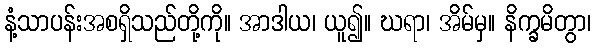
နံ့သာပန်းအစရှိသည်တို့ကို။ အာဒါယ၊ ယူ၍။ ဃရာ၊ အိမ်မှ။ နိက္ခမိတွာ၊